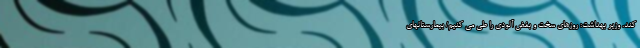
کند. وزیر بهداشت: روزهای سخت و بغض آلودی را طی می کنیم/ بیمارستانهای